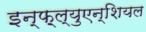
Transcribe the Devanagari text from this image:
इन्फ़्ल्युएन्शियल